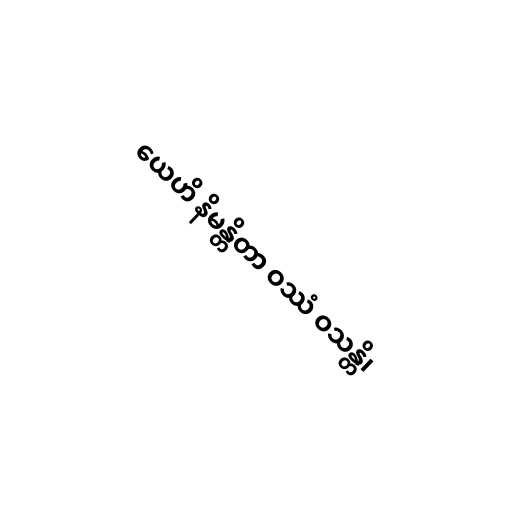
ယေဟိ နိမန္တိတာ ဝဿံ ဝသန္တိ၊